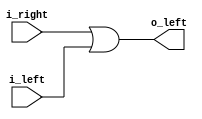
module RAMP_LEFT(
    input i_left,
    input i_right,
    output o_left);
    assign #1 o_left = i_right | i_left;
endmodule

module RAMP_RIGHT(
    input i_left,
    input i_right,
    output o_right);
    assign #1 o_right = i_right | i_left;
endmodule

module CROSS_OVER(
    input i_left,
    input i_right,
    output o_left,
    output o_right);
    assign #1 o_left = i_right;
    assign #1 o_right = i_left;
endmodule

module INTERCEPTOR(
    input i_left,
    input i_right,
    output reg occupied = 0);
    wire i_both;
    assign i_both = i_right | i_left;
    always @(posedge i_both)
    begin
        occupied <= 1;
    end
endmodule

module BIT
#(parameter INIT = 0)
(
    input i_left,
    input i_right,
    output o_left,
    output o_right);
    reg V = INIT;
    // Theoritically, we could move the condition to negedge (leaving of the ball), and invert the V and ~V.
    // Here, we are taking the previous state to decide which side to go, which is not strictly correct.
    // Maybe one could design an FSM (IDLE, TURNING), to separate the decision and the state change.
    // Being clockless does not really helps there with designing FSMs.
    wire i_both;
    assign i_both = i_right | i_left;
    always @(posedge i_both)
    begin
        V <= ~V;
    end
    assign #1 o_left = ~V & (i_both);
    assign #1 o_right = V & (i_both);
endmodule

// in on all four sides
// out common.
module GEAR (
    input i_top, i_right, i_bottom, i_left,
    output o_moving
);
    assign #1 o_moving = i_top | i_right | i_bottom | i_left;
endmodule

// Basically a GEAR and a BIT
module GEARED_BIT
#(parameter INIT = 0)(
    input i_ball_left,
    input i_ball_right,
    output o_ball_left,
    output o_ball_right,
    input i_gear_top,
    input i_gear_right,
    input i_gear_bottom,
    input i_gear_left,
    output o_moving);

    BIT #(.INIT(INIT)) _bit (
        .i_left(i_ball_left),
        .i_right(i_ball_right),
        .o_left(o_ball_left),
        .o_right(o_ball_right));

    wire gear_moving;
    GEAR gear(
        .i_top(i_gear_top),
        .i_right(i_gear_right),
        .i_bottom(i_gear_bottom),
        .i_left(i_gear_left),
        .o_moving(gear_moving)
    );

    assign #1 o_moving = i_ball_left | i_ball_right | gear_moving;
endmodule